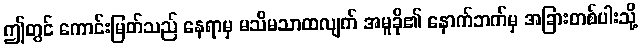
ဤတွင် ကောင်းမြတ်သည် နေရာမှ မသိမသာထလျက် အမူခို၏ နောက်ဘက်မှ အခြားတစ်ပါးသို့